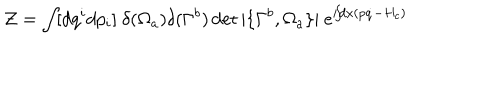
LaTeX: { \cal Z } = \int \! [ d q ^ { i } d p _ { i } ] ~ \delta ( \Omega _ { a } ) \delta ( \Gamma ^ { b } ) \det | \{ \Gamma ^ { b } , \Omega _ { a } \} | ~ e ^ { i \! \! \int \! \! d x ( p \dot { q } - H _ { c } ) }